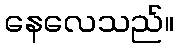
နေလေသည်။